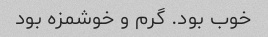
خوب بود. گرم و خوشمزه بود